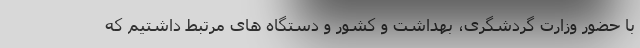
با حضور وزارت گردشگری، بهداشت و کشور و دستگاه های مرتبط داشتیم که